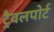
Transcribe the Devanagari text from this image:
ट्रैवलपोर्ट